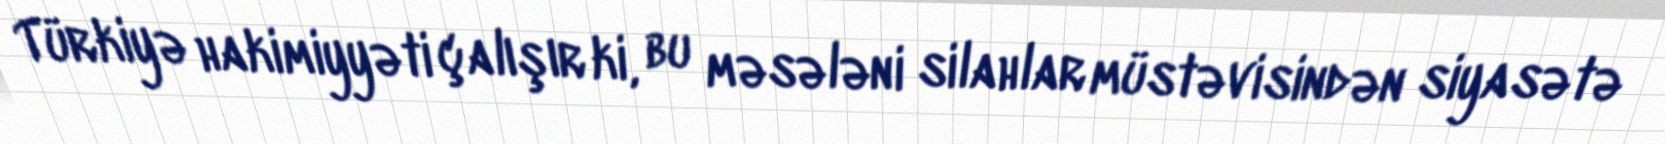
Türkiyə hakimiyyəti çalışır ki, bu məsələni silahlar müstəvisindən siyasətə